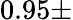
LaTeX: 0.95\pm